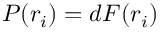
P ( r _ { i } ) = d F ( r _ { i } )